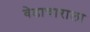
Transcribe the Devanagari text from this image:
वेडाचाराला